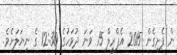
ން ފެށިގެން 2015 އެޕްރީލް 15 ވަނަ ދުވަހުގެ 12:30 ގެ ނިޔަލަށެވެ.